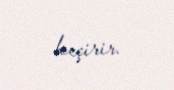
keçirir.